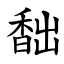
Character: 䭯